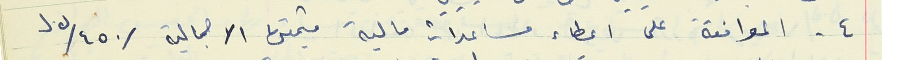
٤ - الموافقة على اعطاء مساعدات مالية قيمتها الاجمالية /٤٥٠/ل.ل